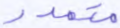
متمدد